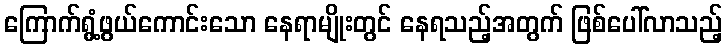
ကြောက်ရွံ့ဖွယ်ကောင်းသော နေရာမျိုးတွင် နေရသည့်အတွက် ဖြစ်ပေါ်လာသည့်